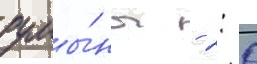
румы́ны - 2: 0